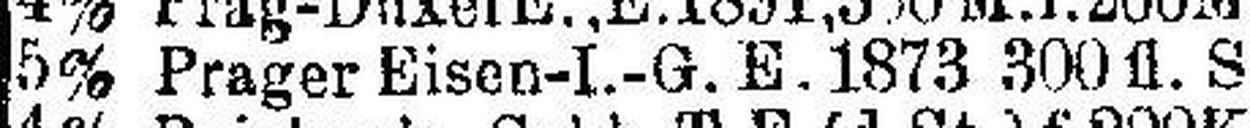
5% Prager Eisen-I.-G. E. 1873 300 fl. S.